Eesti_Noorsoo_Kasvatuse_Selts, lk 6
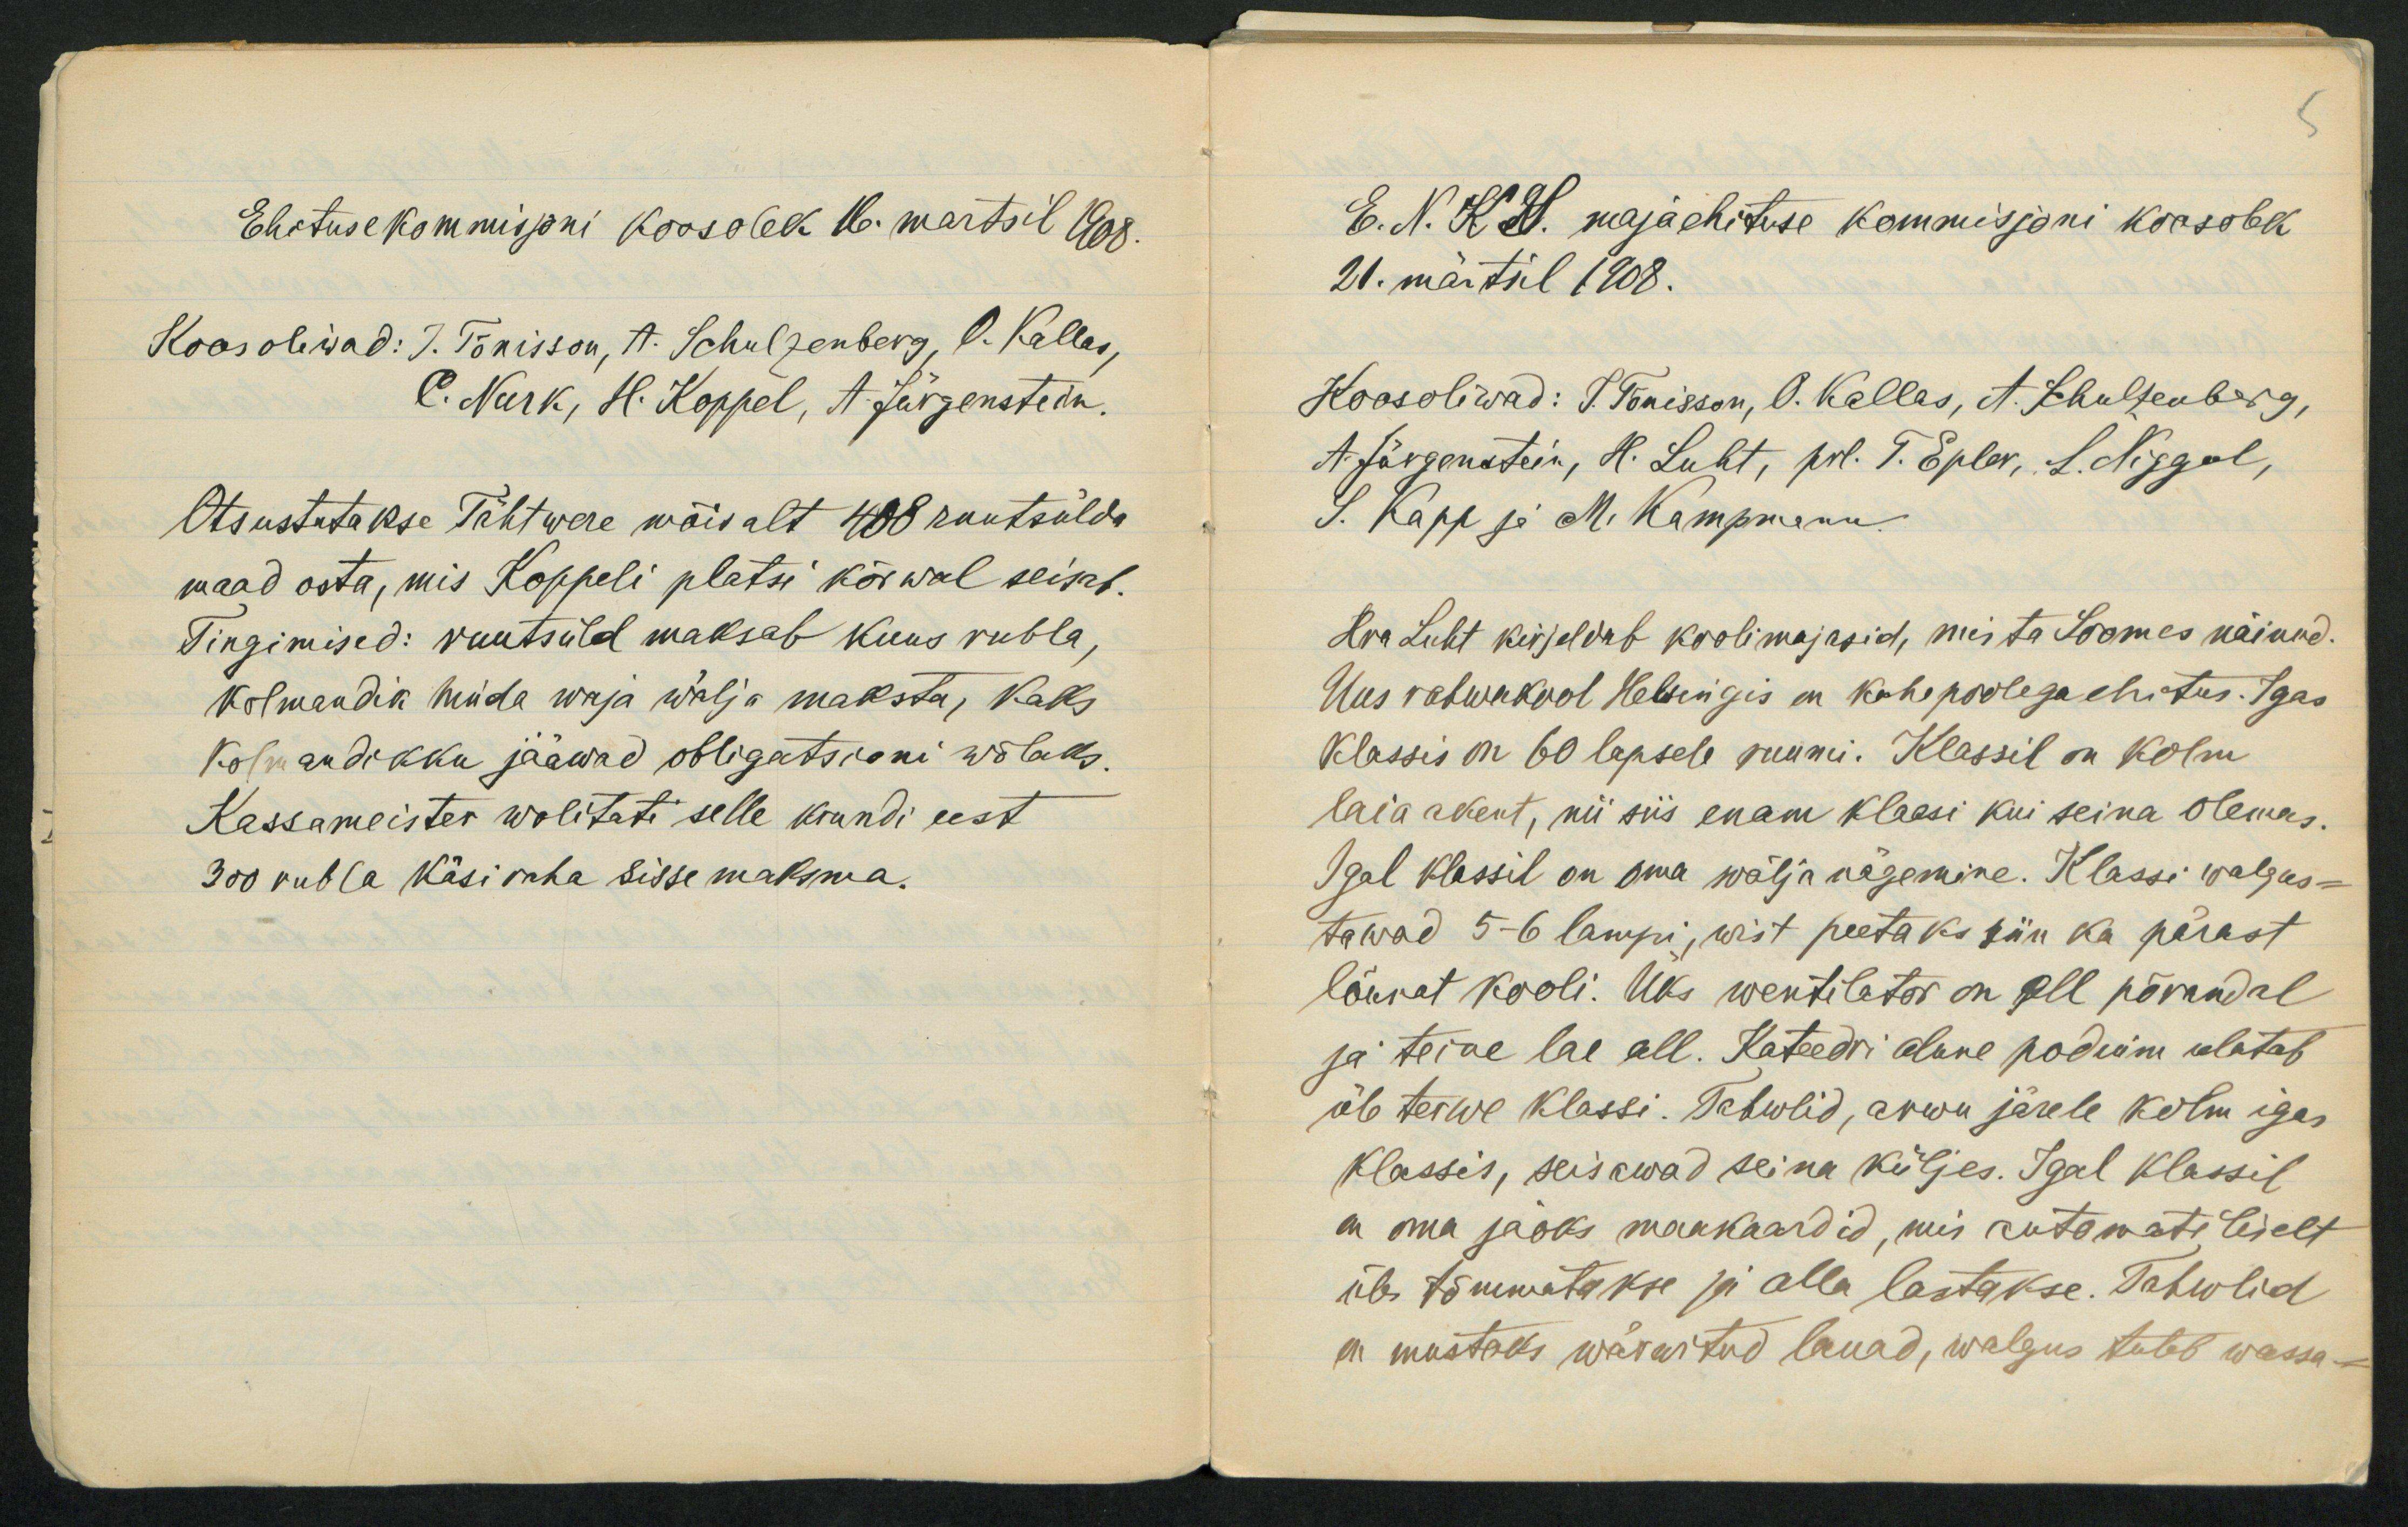
Ehitusekommisjoni koosolek 16. martsil 1908.
Koosoliwad: J. Tõnisson, A. Schulzenberg, O. Kallas,
C. Nurk, H. Koppel, A. Jürgenstein.
Otsustatakse Tähtwere mõisalt 408 ruutsülda
maad osta, mis Koppeli platsi kõrwal seisab.
Tingimised: ruutsüld maksab kuus rubla,
kolmandik hinda waja wälja maksta, kaks
kolmandikku jääwad obligatsioni wõlaks.
Kassameister wolitati selle krundi eest
300 rubla käsiraha sisse maksma.

E. N. K S. majaehituse kommisjoni koosolek
21. märtsil 1908.
Koosoliwad: J. Tõnisson, O. Kallas, A. Schulzenberg,
A. Jürgenstein, H. Luht, prl. T. Eplar, L. Niggol,
S. Kapp ja M. Kampmann.
Hra Luht kirjeldab koolimajasid, mis ta Soomes näinud.
Uus rahwakool Helsingis on kahepoolega ehitus. Igas
klassis on 60 lapsele ruumi. Klassil on kolm
laia akent, nii siis enam klaasi kui seina olemas.
Igal klassil on oma wälja nägemine. Klassi walgus-
tawad 5-6 lampi, wist peetaks siin ka pärast
lõunat kooli. Üks wentilator on all põrandal
ja teine lae all. Kateedri alune podium ulatab
üle terwe klassi. Tahwlid, arwu järele kolm igas
klassis, seisawad seina küljes. Igal klassil
on oma jaoks maakaardid, mis automatiliselt
üles tõmmatakse ja alla lastakse. Tahwlid
on mustaks wärwitud lauad, walgus tuleb wassa-